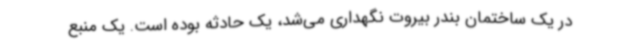
در یک ساختمان بندر بیروت نگهداری می‌شد، یک حادثه بوده است. یک منبع